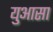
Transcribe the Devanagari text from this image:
युआसा